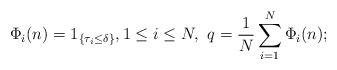
LaTeX: \begin{align*} \Phi_i (n ) = 1_{ \{ \tau_i \le \delta \} }, 1 \le i \le N , \, \, q = \frac1N \sum_{ i=1}^N \Phi_i (n ) ; \end{align*}